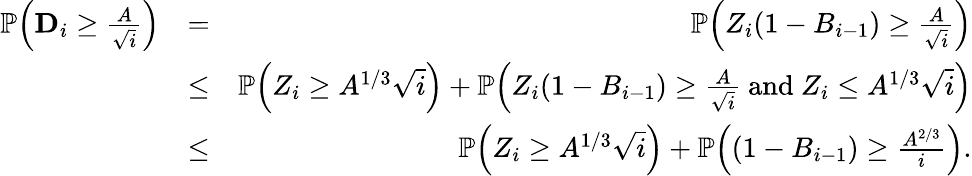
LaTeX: \begin{array}{rlr}{\mathbb P\Big(\mathbf{D}_{i}\geq\frac{A}{\sqrt{i}}\Big)}&{=}&{\mathbb P\Big(Z_{i}(1-B_{i-1})\geq\frac{A}{\sqrt{i}}\Big)}\\ &{\leq}&{\mathbb P\Big(Z_{i}\geq A^{1/3}\sqrt{i}\Big)+\mathbb P\Big(Z_{i}(1-B_{i-1})\geq\frac{A}{\sqrt{i}}\mathrm{~and~}Z_{i}\leq A^{1/3}\sqrt{i}\Big)}\\ &{\leq}&{\mathbb P\Big(Z_{i}\geq A^{1/3}\sqrt{i}\Big)+\mathbb P\Big((1-B_{i-1})\geq\frac{A^{2/3}}{i}\Big).}\end{array}